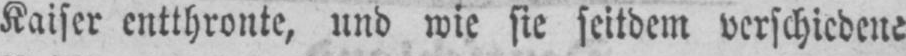
Kaiser entthronte, und wie sie seitdem verschiedene